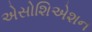
એસોશિએશન